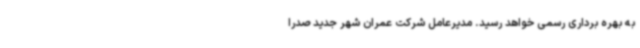
به بهره برداری رسمی خواهد رسید. مدیرعامل شرکت عمران شهر جدید صدرا